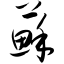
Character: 苏